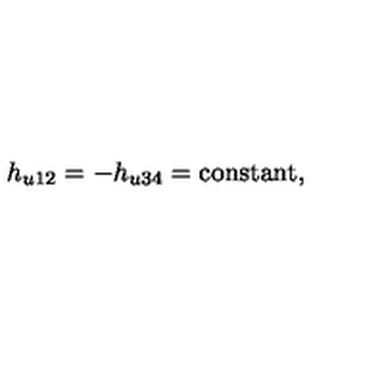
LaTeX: h _ { u 1 2 } = - h _ { u 3 4 } = \mathrm { c o n s t a n t } ,